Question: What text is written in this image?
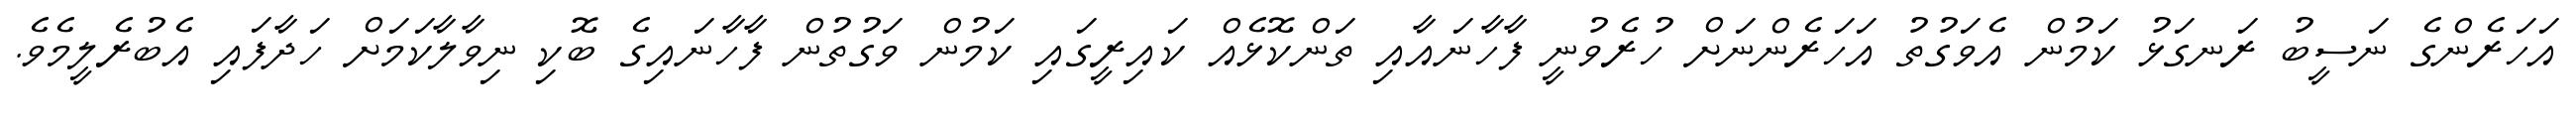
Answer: އަހަރެންގެ ނަސީބު ރަނގަޅު ކަމުން އެވަގުތު އަހަރެންނަށް ހުރެވުނީ ފާހާނައާއި ތަންކޮޅެއް ކައިރީގައި ކަމުން ވަގުތުން ފާހާނައިގެ ބޮކި ނިވާލާކަމަށް ހަދާފައި އެބުރެލީމެވެ.